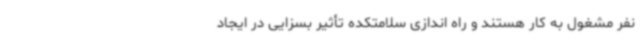
نفر مشغول به کار هستند و راه اندازی سلامتکده تأثیر بسزایی در ایجاد